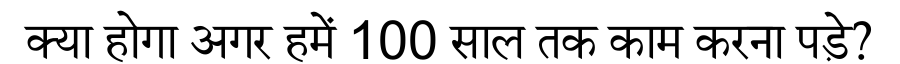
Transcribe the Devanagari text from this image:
क्या होगा अगर हमें 100 साल तक काम करना पड़े?